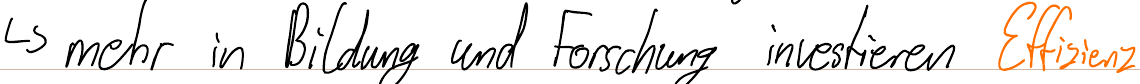
-> mehr in Bildung und Forschung investieren Effizienz